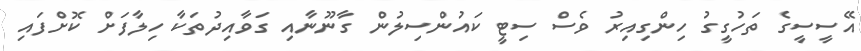
އޭސީސީގެ ތަހުގީގު ހިންގިއިރު ވެސް ސިޓީ ކައުންސިލުން ގާނޫނާއި ގަވާއިދުތަކާ ހިލާފަށް ކޮށްފައި